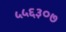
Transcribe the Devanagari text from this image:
५५६३०७